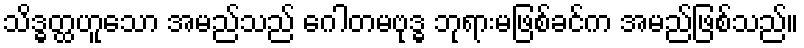
သိဒ္ဓတ္ထဟူသော အမည်သည် ဂေါတမဗုဒ္ဓ ဘုရားမဖြစ်ခင်က အမည်ဖြစ်သည်။